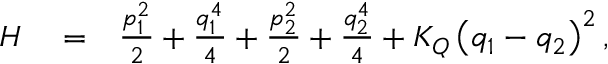
\begin{array} { r l r } { H } & { { } = } & { \frac { p _ { 1 } ^ { 2 } } { 2 } + \frac { q _ { 1 } ^ { 4 } } { 4 } + \frac { p _ { 2 } ^ { 2 } } { 2 } + \frac { q _ { 2 } ^ { 4 } } { 4 } + K _ { Q } \left( q _ { 1 } - q _ { 2 } \right) ^ { 2 } , } \end{array}